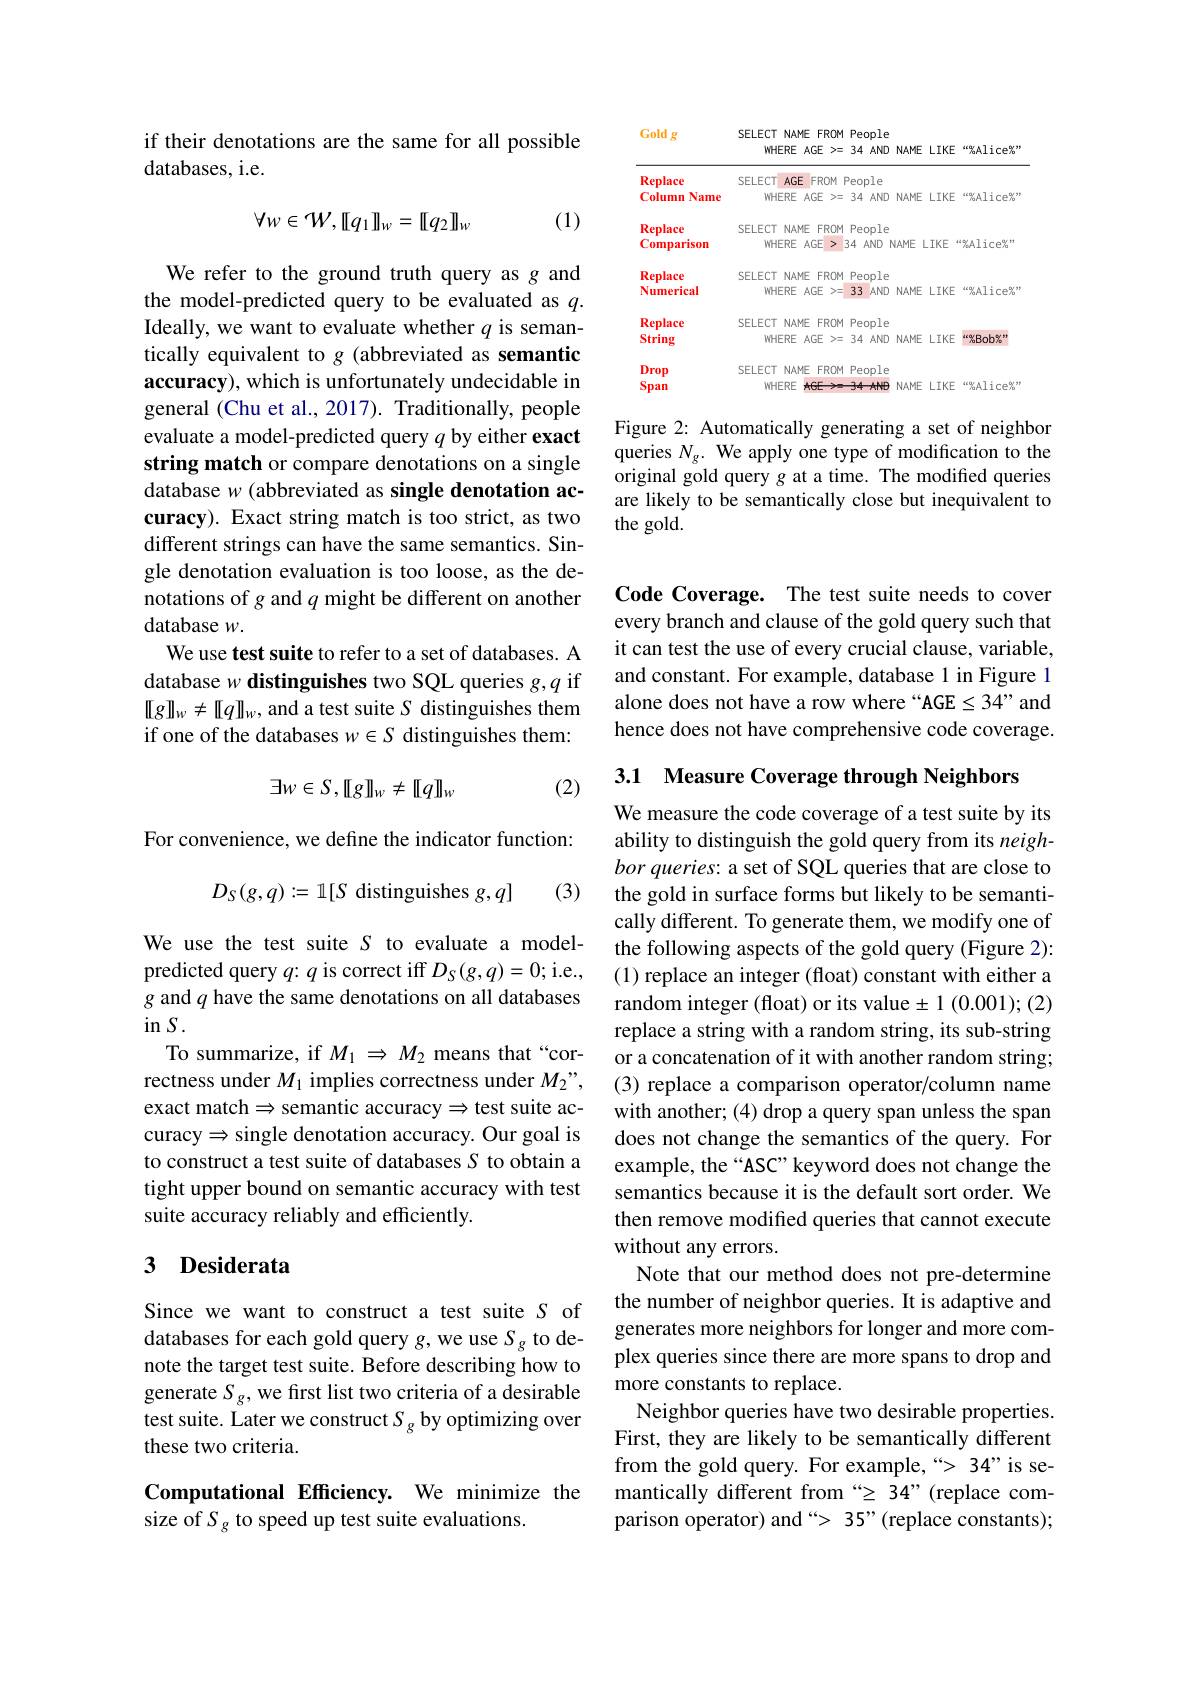
if their denotations are the same for all possible
databases, i.e.

(1)
$$\forall w\in W,[[q_{1}]]_{w}=[[q_{2}]]_{w}$$
We refer to the ground truth query as g and the model-predicted query to be evaluated as $q.$ Ideally, we want to evaluate whether $q$ is semantically equivalent to g (abbreviated as semantic accuracy), which is unfortunately undecidable in general (Chu et al., 2017). Traditionally, people evaluate a model-predicted query $q$ by either exact string match or compare denotations on a single database $w$ (abbreviated as single denotation accuracy). Exact string match is too strict, as two different strings can have the same semantics. Single denotation evaluation is too loose, as the denotations of $g$ and $q$ might be different on another database $w.$
We use test suite to refer to a set of databases. A database $w\textbf{ distinguishes two SQL queries g, }q$ if $[[g]]_w\neq[[q]]_w$,and a test suite S distinguishes them if one of the databases $w\in S$ distinguishes them:

(2)
$$\exists w\in S,[[g]]_{w}\neq[[q]]_{w}$$
For convenience, we define the indicator function:
(3)
$$D_S(g,q):=\mathbb{1}[S\text{distinguishes}g,q]$$
We use the test suite $S$ to evaluate a modelpredicted query $q{:}q$ is correct iff $D_S(g,q)=0;$ i.e., g and $q$ have the same denotations on all databases $\sin S.$
To summarize, if $M_1\Rightarrow M_2$ means that“correctness under $M_1$ implies correctness under $M_2”$, exact match$\Rightarrow$semantic accuracy$\Rightarrow$test suite accuracy $\Rightarrow$ single denotation accuracy. Our goal is to construct a test suite of databases S to obtain a tight upper bound on semantic accuracy with test suite accuracy reliably and efficiently.

## 3 $\textbf{Desiderata}$

Since we want to construct a test suite $S$ of databases for each gold query $g$,we use $S_g$ to denote the target test suite. Before describing how to generate $S_g$, we first list two criteria of a desirable test suite. Later we construct $S_g$ by optimizing over these two criteria.

Computational Efficiency. We minimize the
size of $S_g$ to speed up test suite evaluations.

<table>
	<tbody>
		<tr>
			<th>Gold $g$</th>
			<th>SELECT $NAME$ $FROM$ $AGE$ WHERE T >=</th>
			<th>ople $AND$</th>
			<th>NAME</th>
			<th>$LIKE$</th>
			<th>coralice%</th>
		</tr>
		<tr>
			<td>Replace</td>
			<td>SELECT $AGE$ $FROM$</td>
			<td>ole T</td>
			<td> </td>
			<td> </td>
			<td> </td>
		</tr>
		<tr>
			<td>Name Column</td>
			<td>WHERE $AGE$ >=</td>
			<td>$AND$</td>
			<td>NAME</td>
			<td>LIKE</td>
			<td>kKC $\kappa_{A}^{\prime}$Alice%</td>
		</tr>
		<tr>
			<td>Keplace Comparison</td>
			<td>SELELI NAME FKUM WHERE $AGE$</td>
			<td>ople $4ND$</td>
			<td>$√AME$</td>
			<td>$IKE$</td>
			<td>$\%Alice_{n}^{ar}$ YT</td>
		</tr>
		<tr>
			<td>Replace Numerical</td>
			<td>SELECT NAME FROM WHERE $AGE$ >=</td>
			<td>ople $AND$</td>
			<td>NAME</td>
			<td>LIKE</td>
			<td>dKt $\%$Alice%</td>
		</tr>
		<tr>
			<td>Replace String</td>
			<td>SELECI NAME FRUN WHERE $AGE$ >=</td>
			<td>$\partial ple$ $AND$</td>
			<td>NAME</td>
			<td>LIKE</td>
			<td>46 %Bob%</td>
		</tr>
		<tr>
			<td>Drop Span</td>
			<td>SELECT NAME $FROM$ WHERE hGE</td>
			<td>$\circ$ple $AND$</td>
			<td>NAME</td>
			<td>LIKE</td>
			<td>$\%$Alice% zcr</td>
		</tr>
		<tr>
			<td>Span</td>
			<td>WHERE hGE</td>
			<td>$AND$</td>
			<td>NAME</td>
			<td>LIKE</td>
			<td>$i\epsilon a_{i,j}^{\prime}$Ali ce%</td>
		</tr>
	</tbody>
</table>

Figure 2: Automatically generating a set of neighbor queries $N_{\mathrm{g}}.$ We apply one type of modification to the original gold query $g$ at a time. The modified queries are likely to be semantically close but inequivalent to the gold.

Code Coverage. The test suite needs to cover every branch and clause of the gold query such that it can test the use of every crucial clause, variable, and constant. For example, database 1 in Figure 1 alone does not have a row where “AGE 34”and hence does not have comprehensive code coverage.

3.1 Measure Coverage through Neighbors
We measure the code coverage of a test suite by its ability to distinguish the gold query from its neighbor queries: a set of SQL queries that are close to the gold in surface forms but likely to be semantically different. To generate them, we modify one of the following aspects of the gold query (Figure 2): (1) replace an integer (float) constant with either a random integer (float) or its value± 1 (0.001); (2) replace a string with a random string, its sub-string or a concatenation of it with another random string; (3) replace a comparison operator/column name with another; (4) drop a query span unless the span does not change the semantics of the query. For example, the “ASC” keyword does not change the semantics because it is the default sort order. We then remove modified queries that cannot execute without any errors.
Note that our method does not pre-determine the number of neighbor queries. It is adaptive and generates more neighbors for longer and more complex queries since there are more spans to drop and more constants to replace.
Neighbor queries have two desirable properties. First, they are likely to be semantically different from the gold query. For example,“> 34"is semantically different from “ 34”(replace comparison operator) and “> 35”(replace constants);